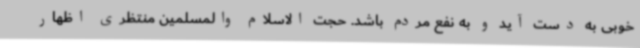
خوبی به دست آید و به نفع مردم باشد. حجت الاسلام والمسلمین منتظری اظهار